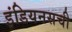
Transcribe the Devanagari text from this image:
इंडियनसची